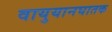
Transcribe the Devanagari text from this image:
वायुयानघातक